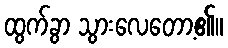
ထွက်ခွာ သွားလေတော့၏။